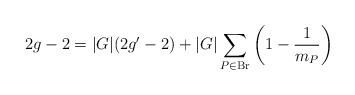
\begin{align*}2g-2=|G|(2g'-2)+|G|\sum\limits_{P\in \mathrm{Br}}\left(1-\frac{1}{m_P}\right)\end{align*}